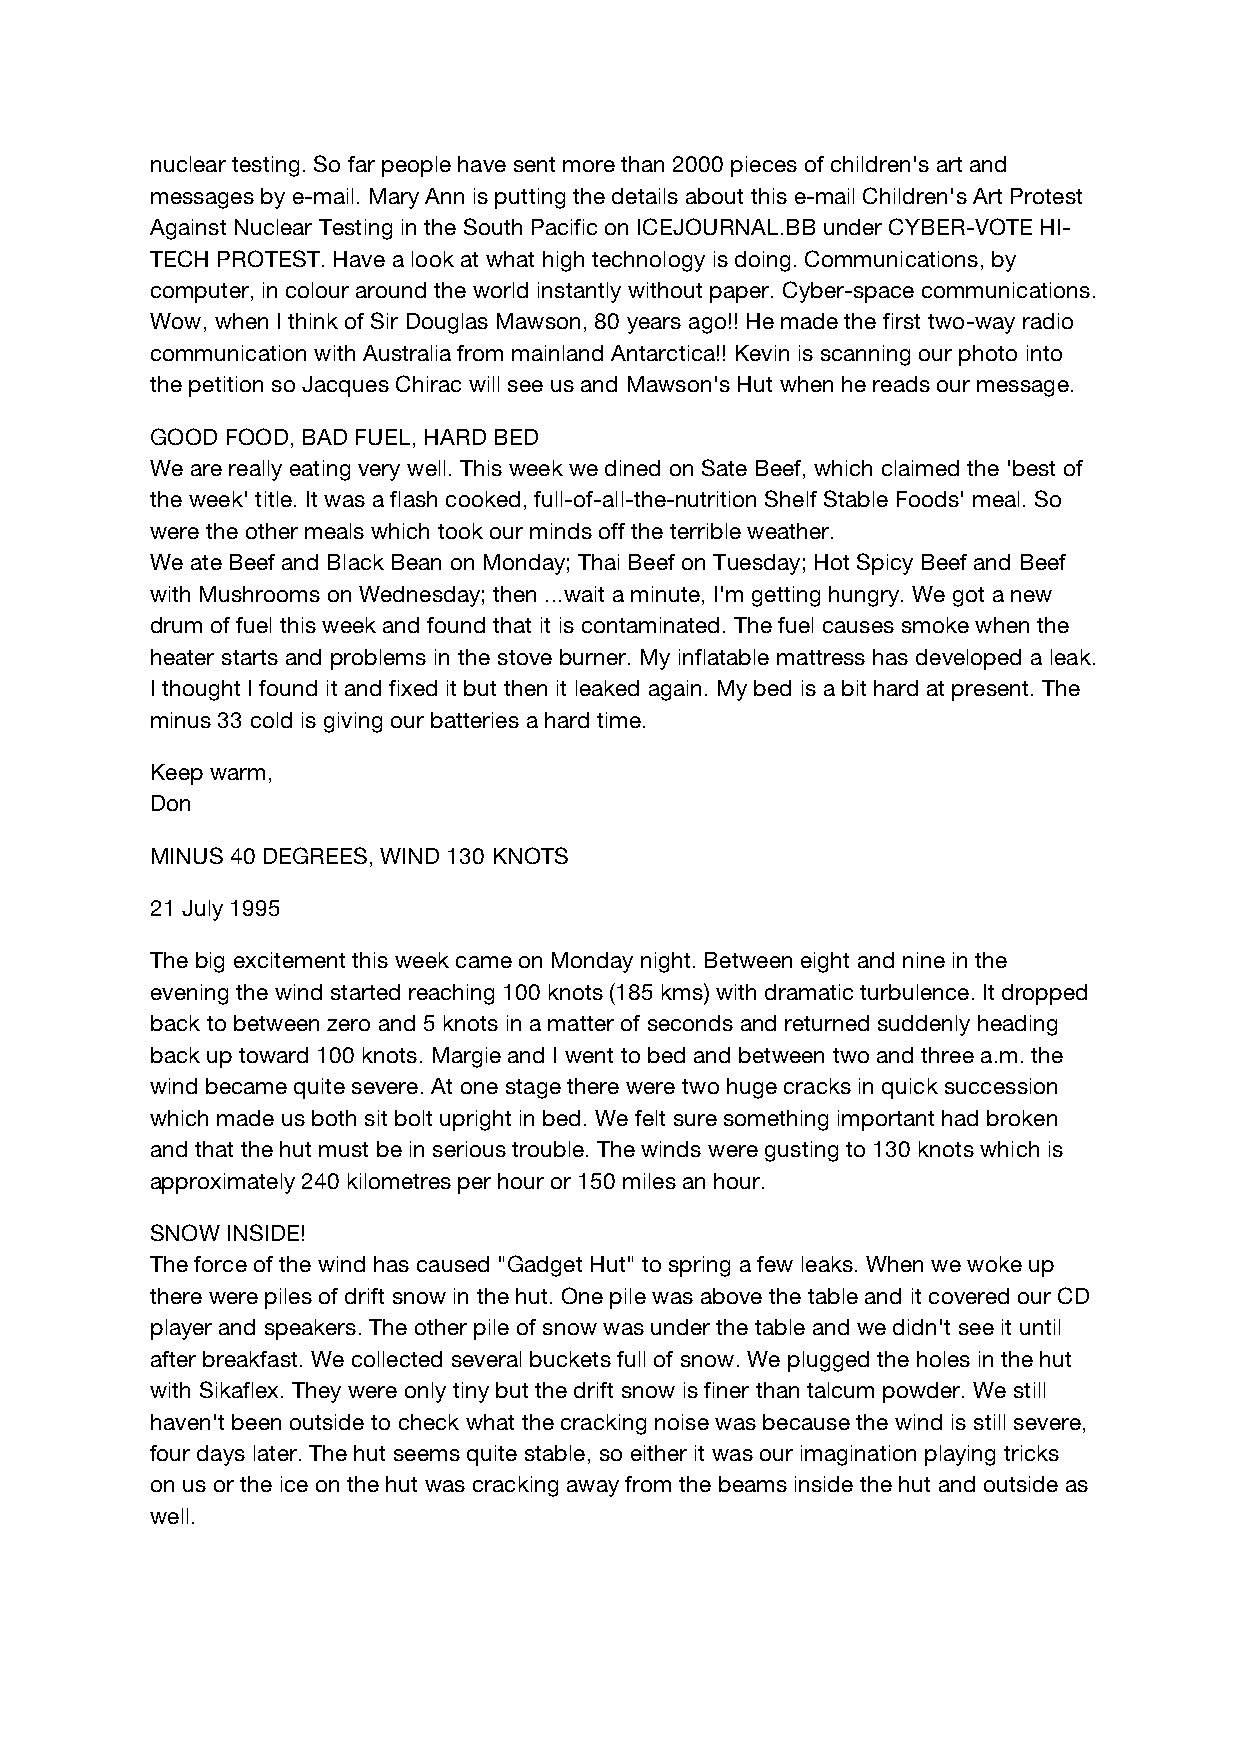
nuclear testing. So far people have sent more than 2000 pieces of children's art and
 messages by e-mail. Mary Ann is putting the details about this e-mail Children's Art Protest
 Against Nuclear Testing in the South Pacific on ICEJOURNAL.BB under CYBER-VOTE HI-
 TECH PROTEST. Have a look at what high technology is doing. Communications, by
 computer, in colour around the world instantly without paper. Cyber-space communications.
 Wow, when I think of Sir Douglas Mawson, 80 years ago!! He made the first two-way radio
 communication with Australia from mainland Antarctica!! Kevin is scanning our photo into
 the petition so Jacques Chirac will see us and Mawson's Hut when he reads our message.
 GOOD FOOD, BAD FUEL, HARD BED
 We are really eating very well. This week we dined on Sate Beef, which claimed the 'best of
 the week' title. It was a flash cooked, full-of-all-the-nutrition Shelf Stable Foods' meal. So
 were the other meals which took our minds off the terrible weather.
 We ate Beef and Black Bean on Monday; Thai Beef on Tuesday; Hot Spicy Beef and Beef
 with Mushrooms on Wednesday; then ...wait a minute, I'm getting hungry. We got a new
 drum of fuel this week and found that it is contaminated. The fuel causes smoke when the
 heater starts and problems in the stove burner. My inflatable mattress has developed a leak.
 I thought I found it and fixed it but then it leaked again. My bed is a bit hard at present. The
 minus 33 cold is giving our batteries a hard time.
 Keep warm,
 Don
 MINUS 40 DEGREES, WIND 130 KNOTS
 21 July 1995
 The big excitement this week came on Monday night. Between eight and nine in the
 evening the wind started reaching 100 knots (185 kms) with dramatic turbulence. It dropped
 back to between zero and 5 knots in a matter of seconds and returned suddenly heading
 back up toward 100 knots. Margie and I went to bed and between two and three a.m. the
 wind became quite severe. At one stage there were two huge cracks in quick succession
 which made us both sit bolt upright in bed. We felt sure something important had broken
 and that the hut must be in serious trouble. The winds were gusting to 130 knots which is
 approximately 240 kilometres per hour or 150 miles an hour.
 SNOW INSIDE!
 The force of the wind has caused "Gadget Hut" to spring a few leaks. When we woke up
 there were piles of drift snow in the hut. One pile was above the table and it covered our CD
 player and speakers. The other pile of snow was under the table and we didn't see it until
 after breakfast. We collected several buckets full of snow. We plugged the holes in the hut
 with Sikaflex. They were only tiny but the drift snow is finer than talcum powder. We still
 haven't been outside to check what the cracking noise was because the wind is still severe,
 four days later. The hut seems quite stable, so either it was our imagination playing tricks
 on us or the ice on the hut was cracking away from the beams inside the hut and outside as
 well.